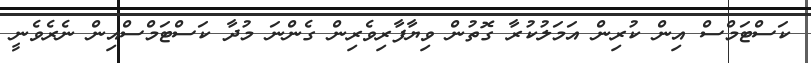
ކަސްޓަމްސް އިން ކުރިން އަމަލުކުރާ ގޮތުން ވިޔާފާރިވެރިން ގެންނަ މުދާ ކަސްޓަމްސްއިން ނެރެވެނީ